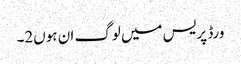
ورڈ پریس میں لوگ ان ہوں2۔